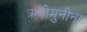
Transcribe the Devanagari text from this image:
ऋषीमुनींना